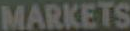
MARKETS